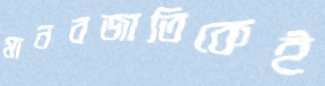
মানবজাতিকেই